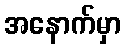
အနောက်မှာ